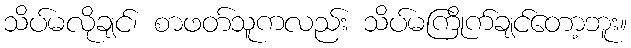
သိပ်မလိုချင်၊ စာဖတ်သူကလည်း သိပ်မကြိုက်ချင်တော့ဘူး။